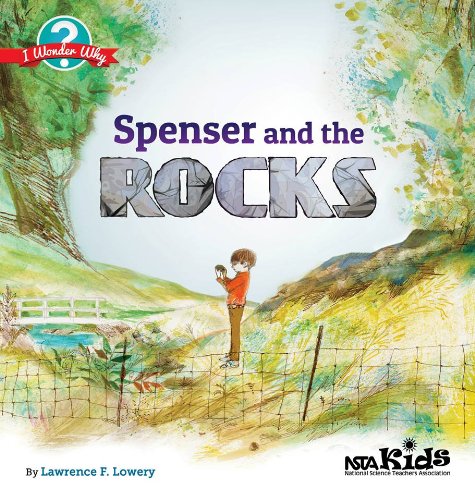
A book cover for Spenser and the Rocks (NSTA Kids I Wonder Why Series) - PB330X6 (I Wonder Why (Hardcover)); Lawrence F. Lowery; Sports & Outdoors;